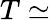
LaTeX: T\simeq